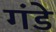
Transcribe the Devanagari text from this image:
गंडे